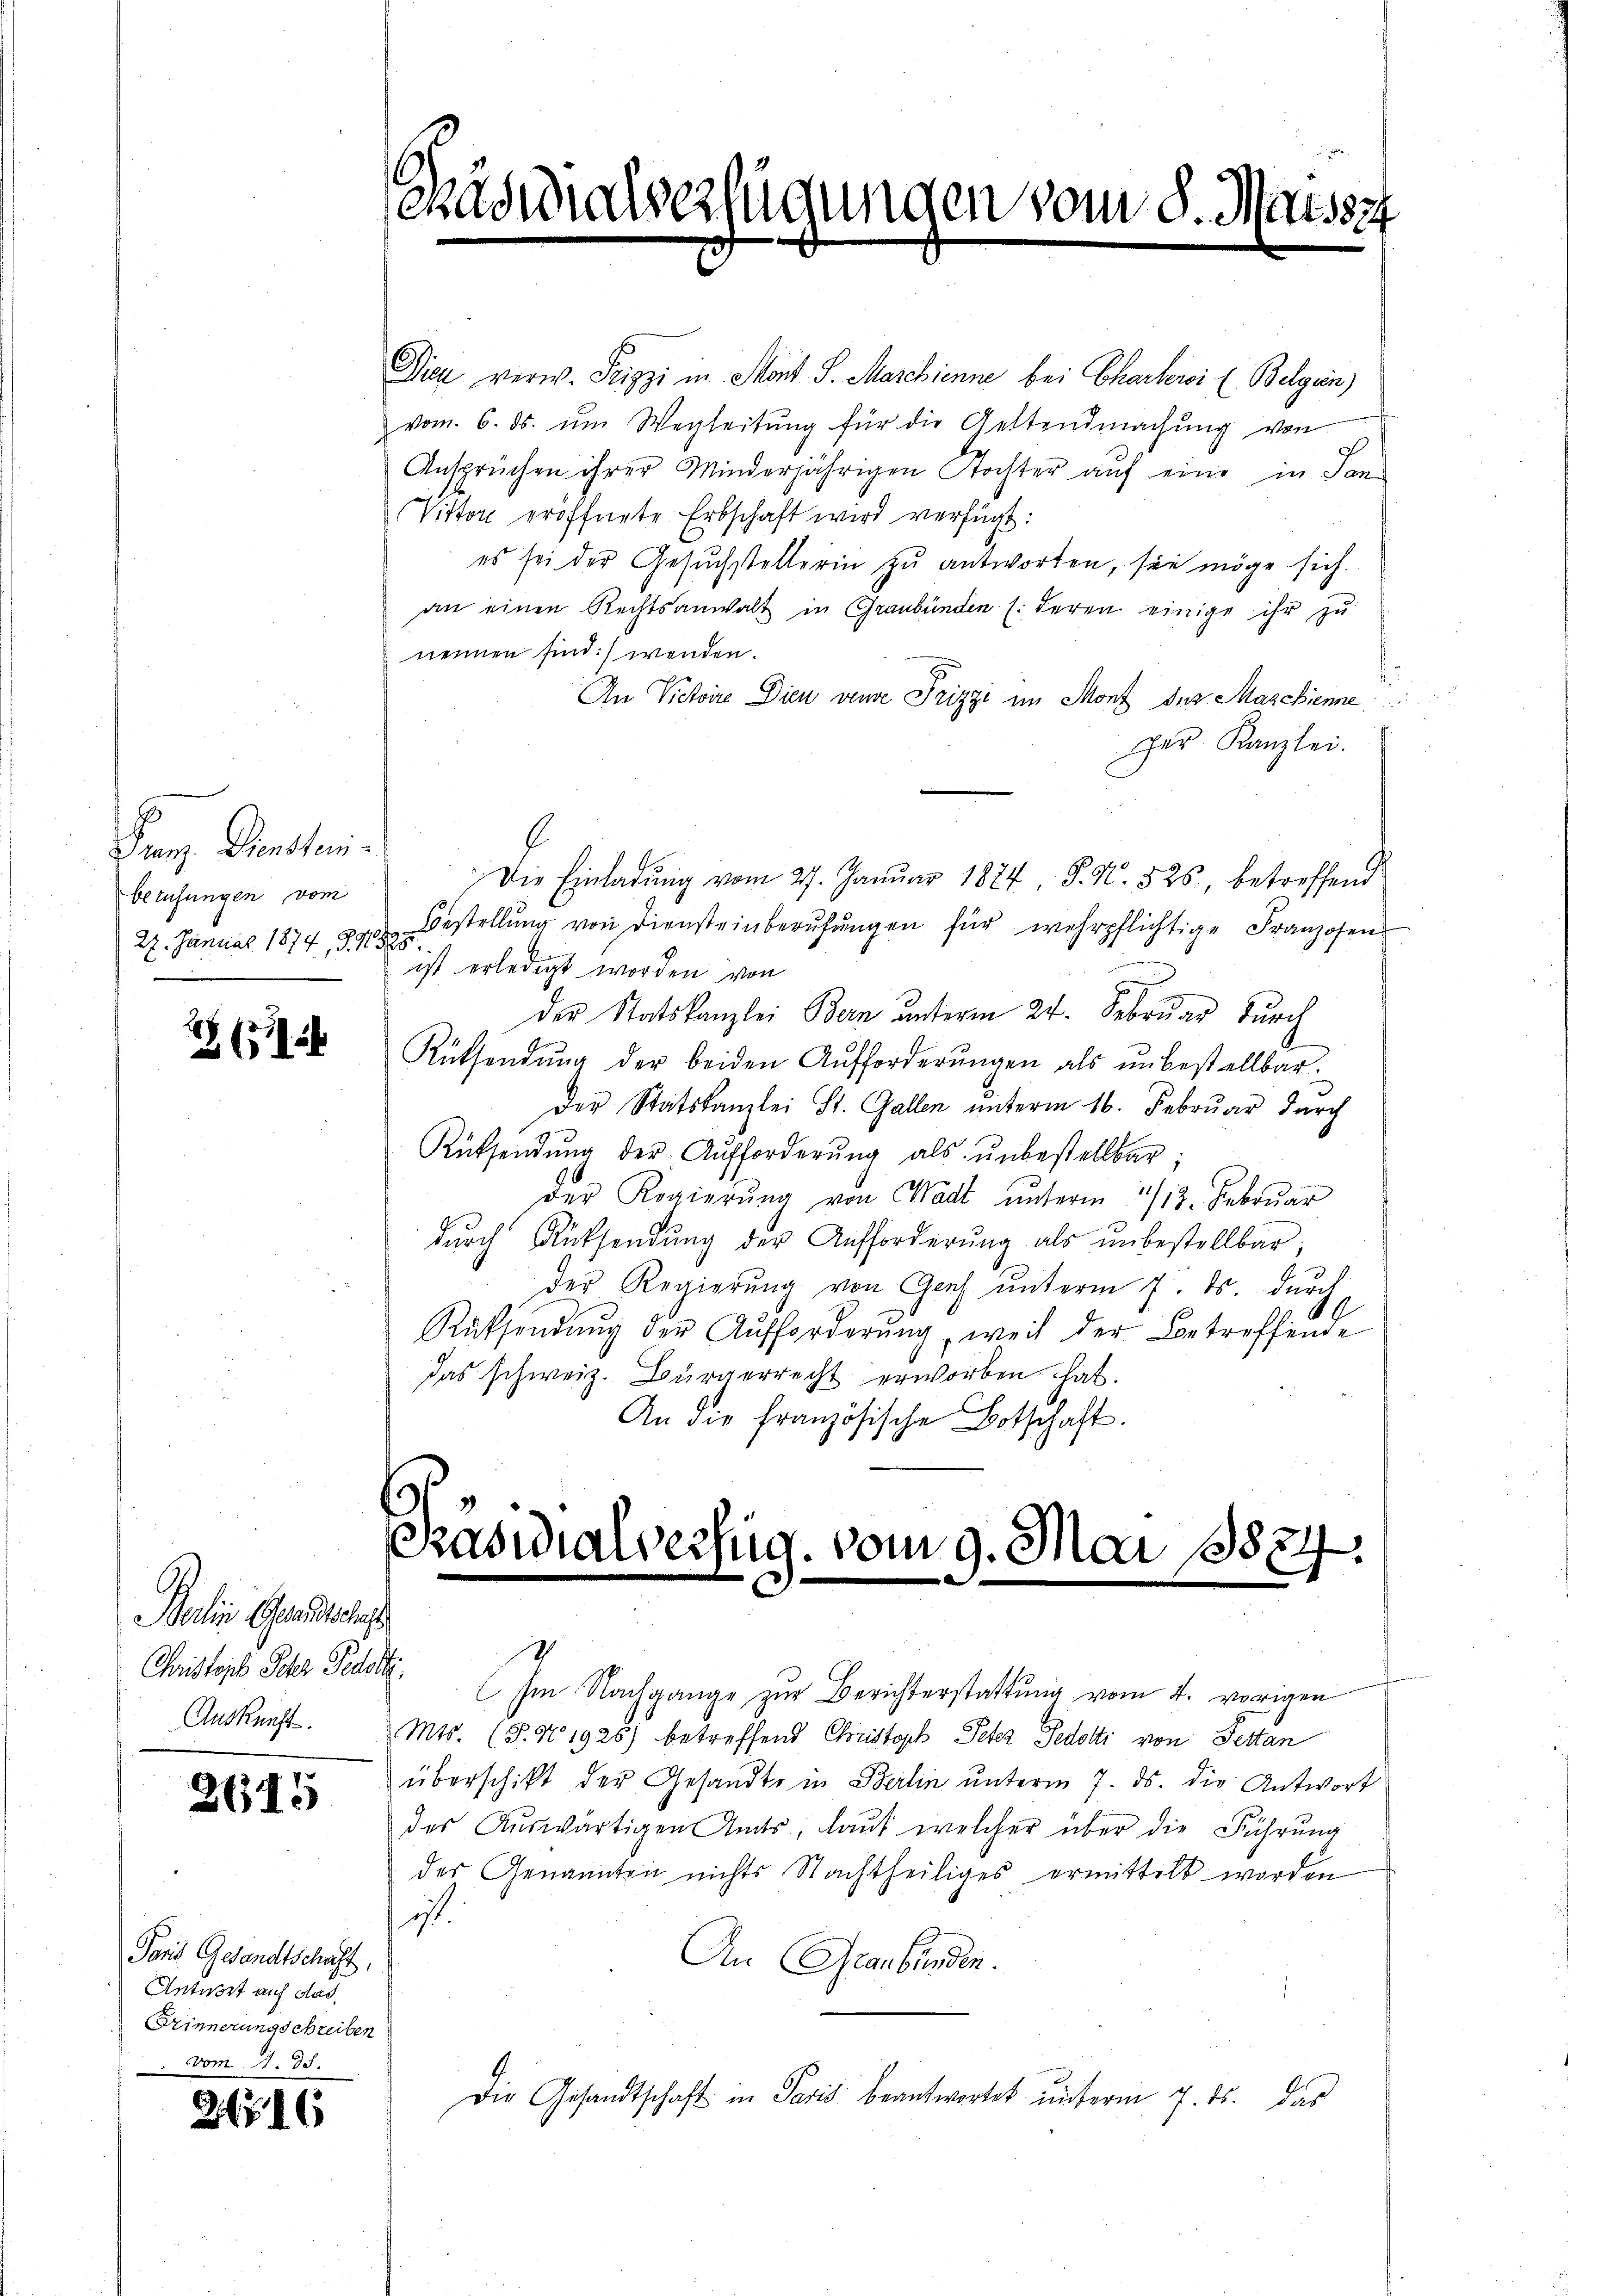
Franz Fenstei
berufungen vom
27. Januar 1874, S. 11525

8 (56

Die verw. Peipzi in Mont. S. Marchienne bei Charterei (Belgin)
vom 6. ds. ŭm Wegleitŭng für die Geltendmachŭng von
Ansprüchen ihrer Minderjährigen Tochter aŭf eine in San
Vittor eröffnete Erbschaft wird verfügt:
es sei der Gesuchstellerin zu antworten, sie möge sich
an einen Rechtsanwalt in Graubünden (deren einige ihr zu
nennen sind:) wenden.
An Victoire Dien vende Prizzi im Mont des Maschienne
per Kanzlei.
Die Einladŭng vom 27. Januar 1884 J. N. 525, betreffend
Bestellung von Diensteinberufungen für wehrpflichtige Franzosens
ist erledigt worden von
der Statskanzlei Bern unterm 24. Februar durch
Rütsendung der beiden Aufforderungen als unbestellbar.
Der Statskanzlei St. Gallen unterm 16. Februar durch
Rücksendung der Aufforderung als unbestellbar;
der Regierŭng von Wadt ŭnterm 1/12. Febrŭar
durch Rücksendung der Aufforderung als unbestellbar
der Regierung von Genf unterm 7. ds. durch
Rücksendŭng der Aufforderŭng, weil der Betreffende
das schweiz. Bürgerrecht erworben hat.
An die französische Botschaft.

Berlin Gesandtschaft
Auskunft.

2645

Paris Gesandtschaft,
Antwort auf das
Erinnerungschreiben
vom 11. ds.

26716

ehasialverfügungen vom 8. Maissz

Rasidialverfug. vom 9. Mai 18884.

Christors Peter Rede. Im Nachgange zur Berichterstattung vom 4. vorigen
 Mts. (T. S. 1926) betreffend Christoph Peter Fedotti von Pettan
überschikt der Gesandte in Berlin ŭnterm 7. ds. die Antwort
des Auswärtigen Amts, laut welcher über die Führung
des Genannten nichts Nachtheiliges ermittelt worden
ist.
An Graubünden.
Die Gesandtschaft in Paris beantwortet unterm 7. ds. das